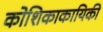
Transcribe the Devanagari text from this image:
कोशिकाकायिकी